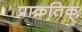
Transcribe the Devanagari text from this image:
प्राक्रतिक्